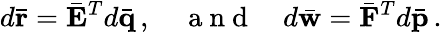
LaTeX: d\bar{\mathbf r}=\bar{\mathbf E}^{T}d\bar{\mathbf q}\, ,\quad\mathrm{~a~n~d~}\quad d\bar{\mathbf w}=\bar{\mathbf F}^{T}d\bar{\mathbf p}\, .